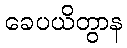
ခေပယိတွာန